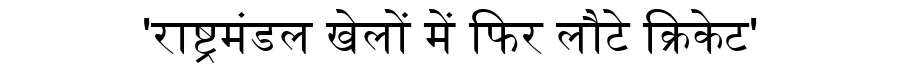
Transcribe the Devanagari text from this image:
'राष्ट्रमंडल खेलों में फिर लौटे क्रिकेट'